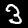
Digit: 3